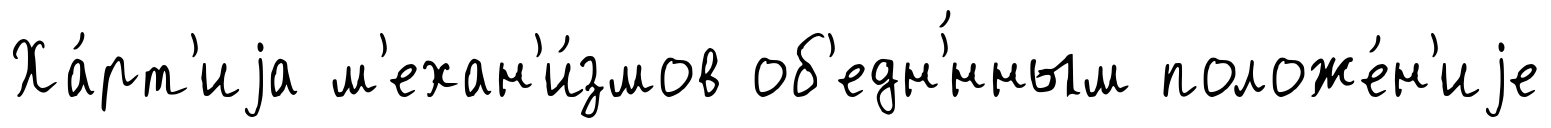
Ха́рт'иjа м'ехан'и́змов об'едн'́нным положе́н'иjе